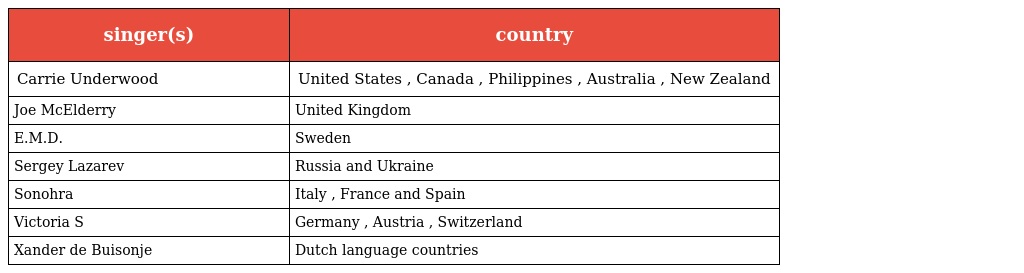
| singer(s) | country |
 | --- | --- |
 | Carrie Underwood | United States , Canada , Philippines , Australia , New Zealand |
 | Joe McElderry | United Kingdom |
 | E.M.D. | Sweden |
 | Sergey Lazarev | Russia and Ukraine |
 | Sonohra | Italy , France and Spain |
 | Victoria S | Germany , Austria , Switzerland |
 | Xander de Buisonje | Dutch language countries |